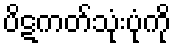
ပိဋကတ်သုံးပုံကို